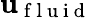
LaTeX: \mathbf{u}_{\mathrm{~f~l~u~i~d~}}